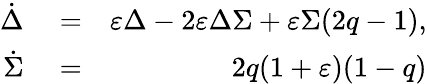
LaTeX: \begin{array}{rlr}{\dot{\Delta}}&{{}=}&{\varepsilon\Delta-2\varepsilon\Delta\Sigma+\varepsilon\Sigma(2q-1),}\\ {\dot{\Sigma}}&{{}=}&{2q(1+\varepsilon)(1-q)}\end{array}